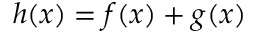
h ( x ) = f ( x ) + g ( x )